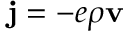
\begin{array} { r } { { \bf j } = - e \rho { \bf v } } \end{array}